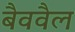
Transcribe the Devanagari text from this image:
बैववैल